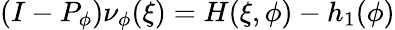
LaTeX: (I-P_{\phi})\nu_{\phi}(\xi)=H(\xi,\phi)-h_{1}(\phi)